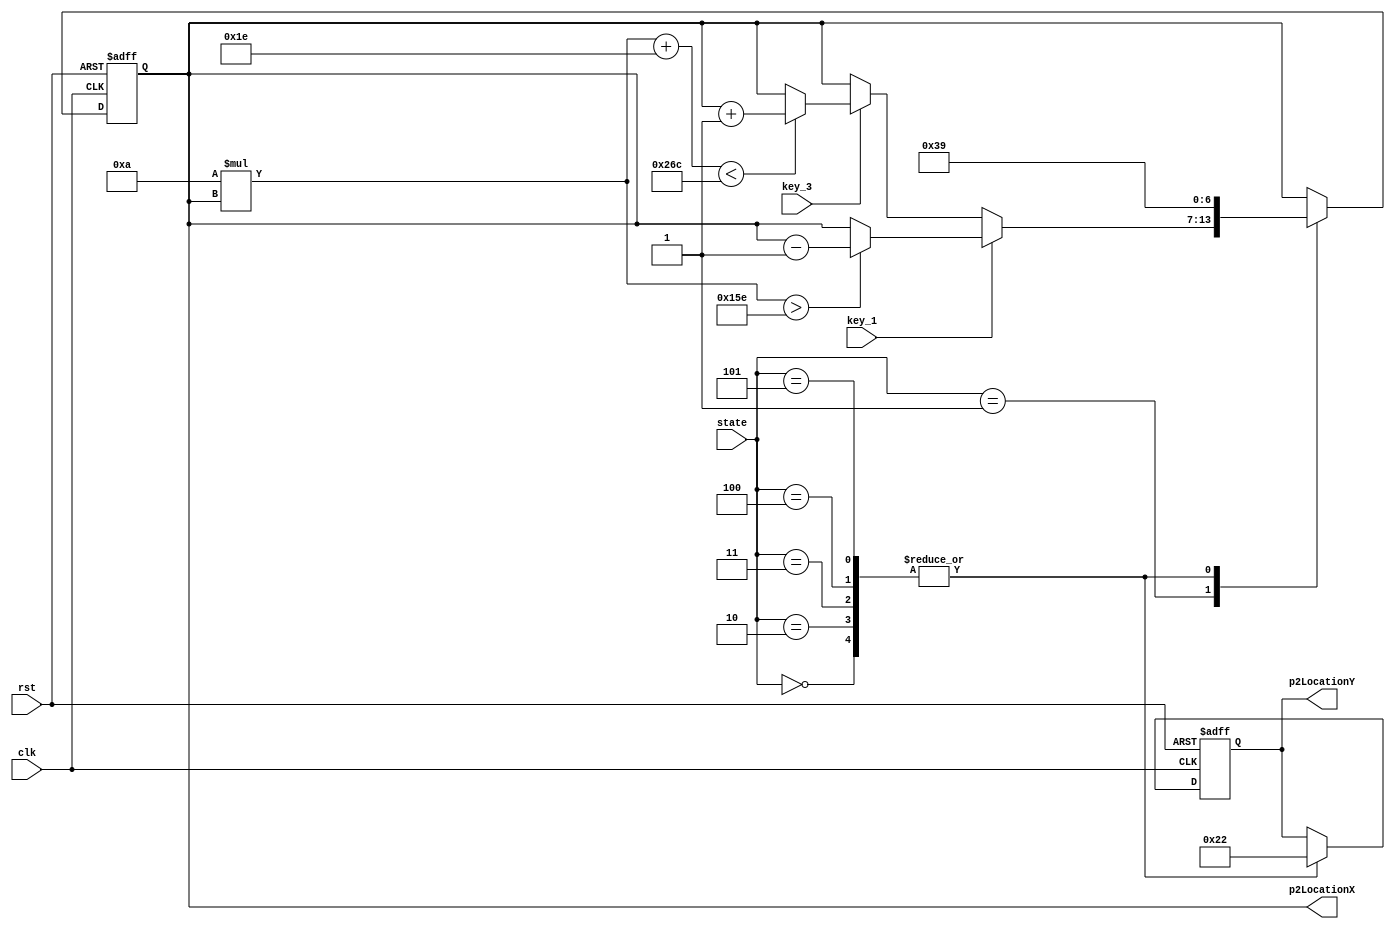
module P2CharacterGen (
	input clk,
	input rst,
	input key_1,
	input key_3,
	input [2:0] state,
	output reg [6:0] p2LocationX,
	output reg [6:0] p2LocationY
);

parameter [2:0] MENU  = 3'b000;
parameter [2:0] GAME  = 3'b001;
parameter [2:0] P1WIN = 3'b010;
parameter [2:0] P2WIN = 3'b011;
parameter [2:0] TIE   = 3'b100;
parameter [2:0] PIONT = 3'b101;

parameter river = 60;
parameter ch_wide = 30;
parameter gap = 20;

reg [6:0] next_p2LocationX;
reg [6:0] next_p2LocationY;

always @(posedge clk, posedge rst) begin
	if (rst) begin
		p2LocationX <= 57;
		p2LocationY <= 34;
	end else begin
		p2LocationX <= next_p2LocationX;
		p2LocationY <= next_p2LocationY;
	end
end

always @(*) begin
	case (state)
		MENU: begin
			next_p2LocationX = 57;
			next_p2LocationY = 34;
		end 
		GAME:
			if (key_1) begin
				if (10*p2LocationX > 640/2+river/2) begin
					next_p2LocationX = p2LocationX - 1;
					next_p2LocationY = p2LocationY;
				end else begin
					next_p2LocationX = p2LocationX;
					next_p2LocationY = p2LocationY;
				end 
			end else if (key_3) begin
				if (10*p2LocationX+ch_wide < 640-gap) begin
					next_p2LocationX = p2LocationX + 1;
					next_p2LocationY = p2LocationY;
				end else begin 
					next_p2LocationX = p2LocationX;
					next_p2LocationY = p2LocationY;
				end 
			end else begin
				next_p2LocationX = p2LocationX;
				next_p2LocationY = p2LocationY;
			end
		P1WIN: begin
			next_p2LocationX = 57;
			next_p2LocationY = 34;
		end 
		P2WIN: begin
			next_p2LocationX = 57;
			next_p2LocationY = 34;
		end 
		TIE: begin
			next_p2LocationX = 57;
			next_p2LocationY = 34;
		end 
		PIONT: begin
			next_p2LocationX = 57;
			next_p2LocationY = 34;
		end 
		default: begin
			next_p2LocationX = p2LocationX;
			next_p2LocationY = p2LocationY;
		end 
	endcase
end

endmodule